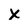
Character: X